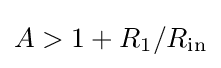
A>1+R_{1}/R_{\text{in}}